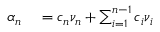
\begin{array} { r l } { \alpha _ { n } } & { { } = c _ { n } \nu _ { n } + \sum _ { i = 1 } ^ { n - 1 } c _ { i } \nu _ { i } } \end{array}